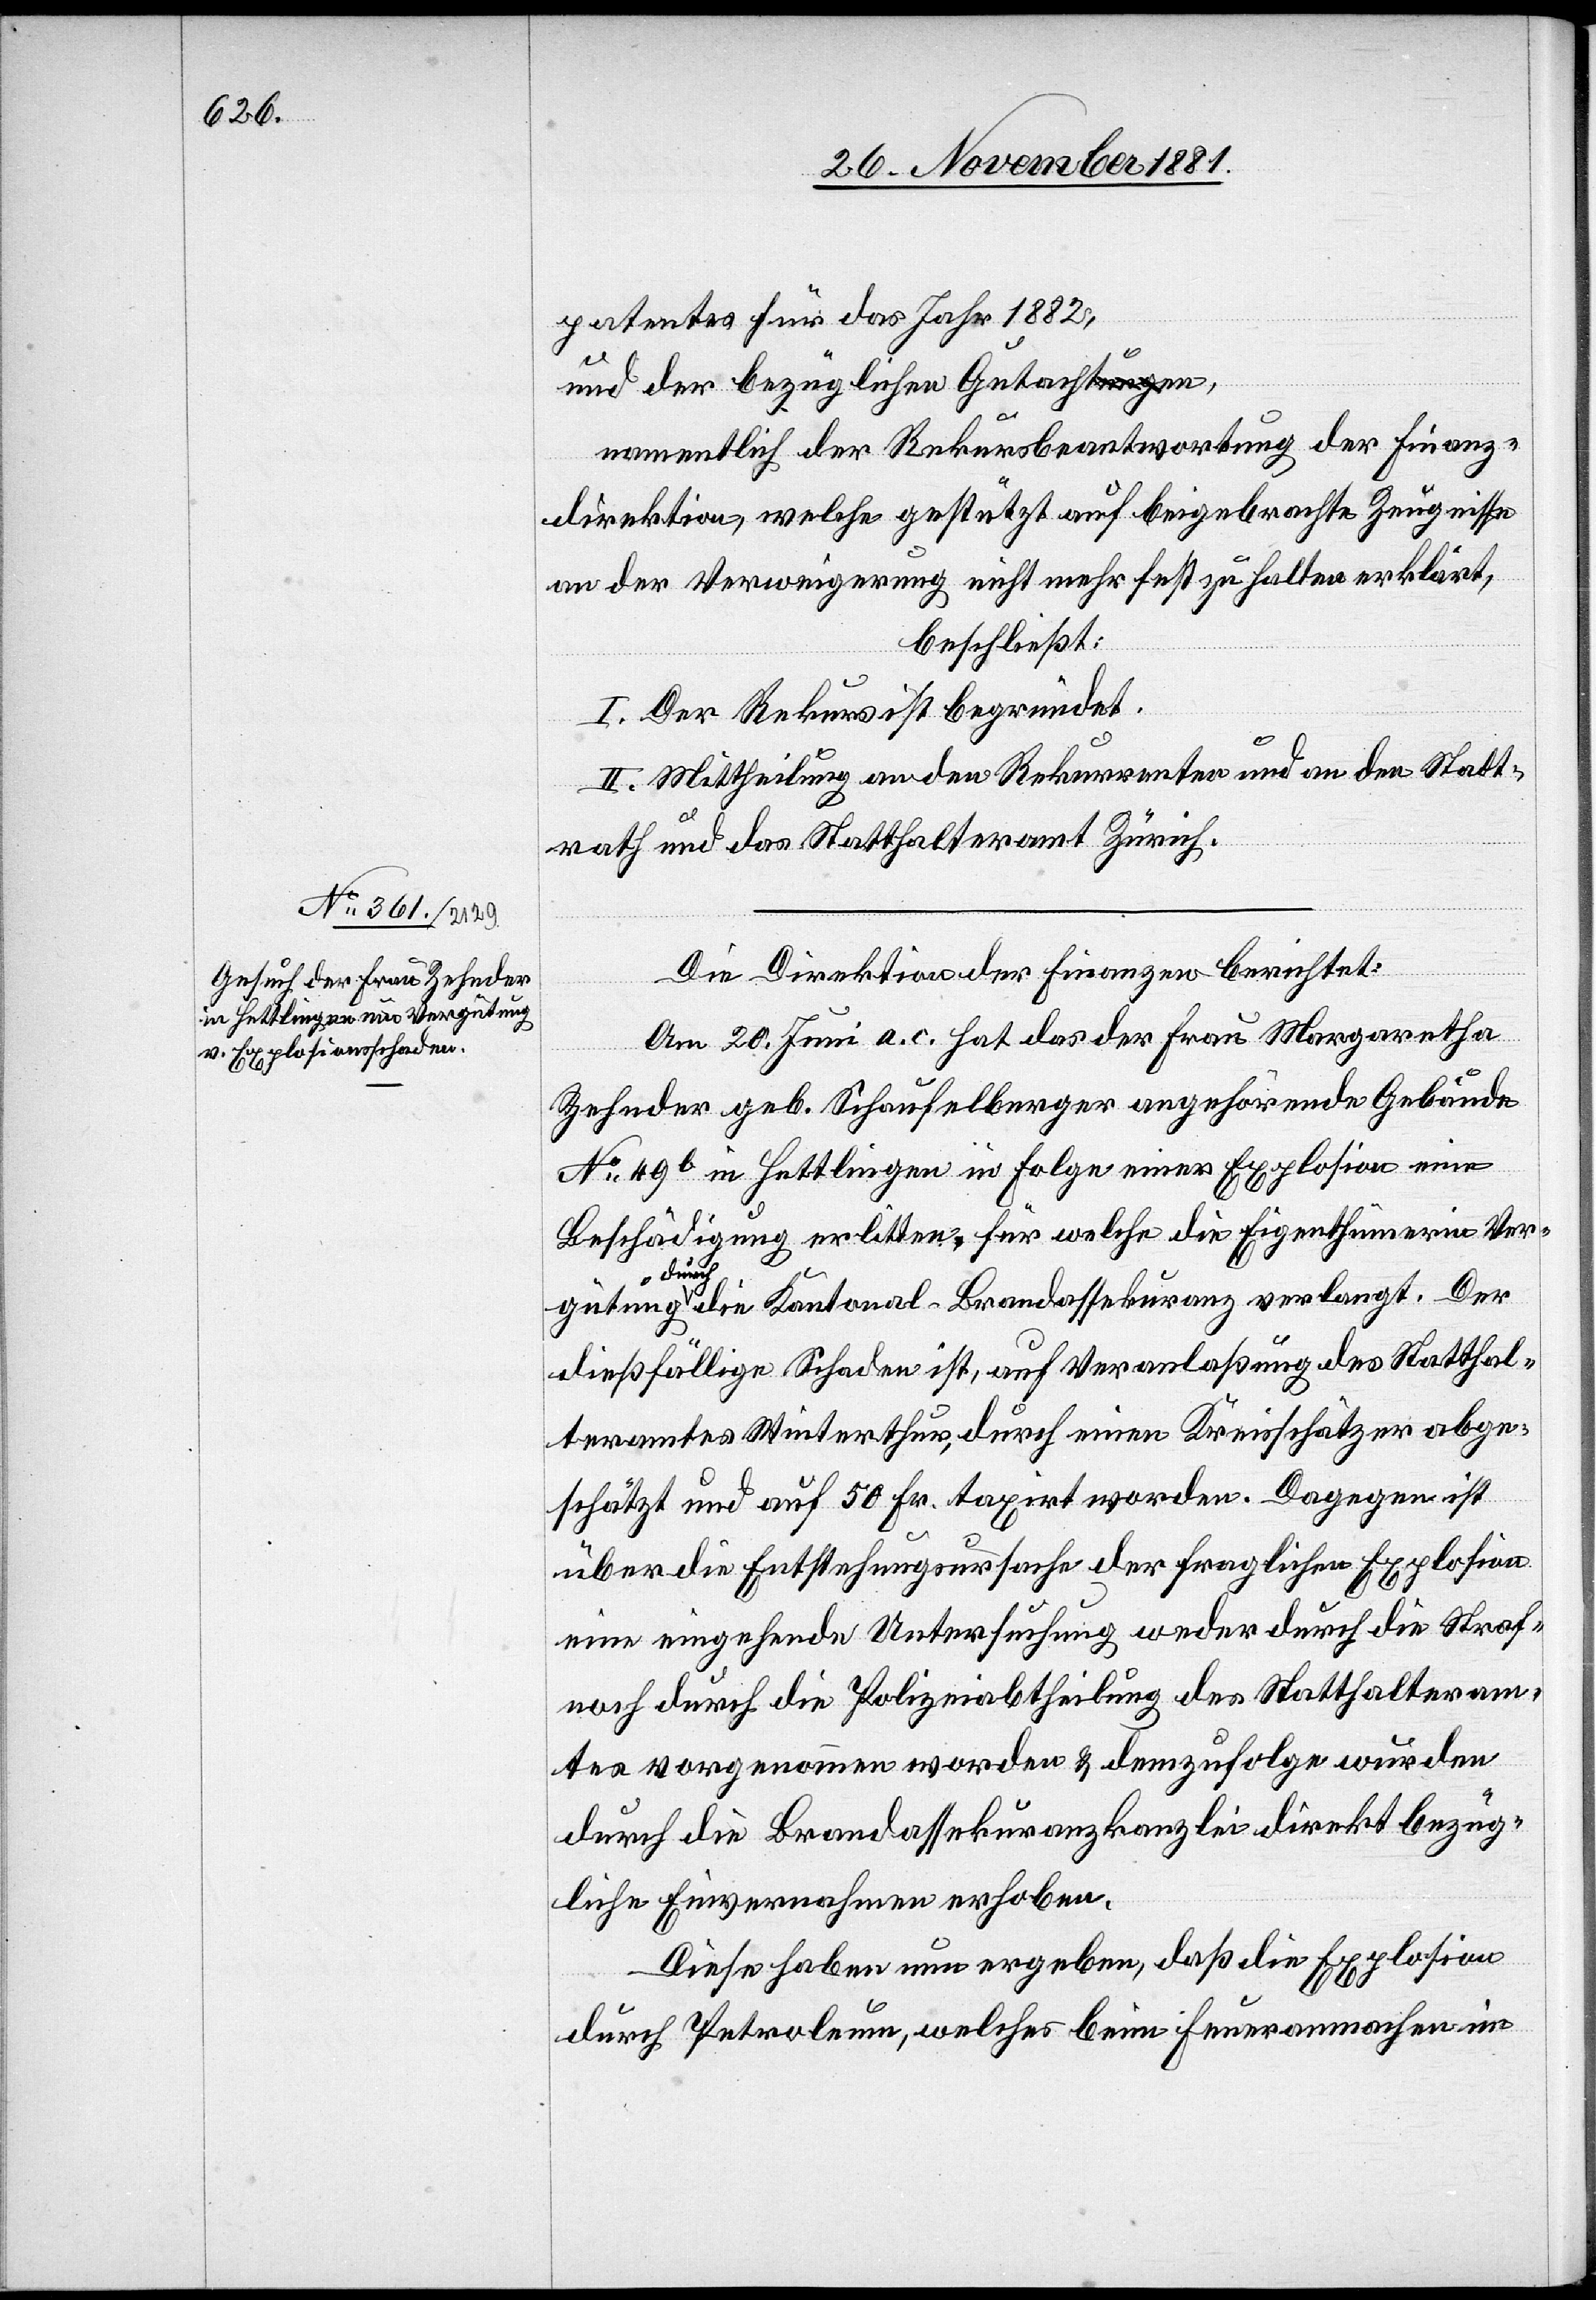
patentes für das Jahr 1882,
namentlich der Rekursbeantwortung der Finanz¬
direktion, welche gestützt auf beigebrachte Zeugnisse
an der Verweigerung nicht mehr fest zu halten erklärt,
beschließt:
I. Der Rekurs ist begründet.
II. Mittheilung an den Rekurrenten und an den Stadt¬
rath und das Statthalteramt Zürich.
Die Direktion der Finanzen berichtet:
Am 20. Juni a. c. hat das der Frau Margaretha
Zehnder geb. Schaufelberger angehörende Gebäude
No 42b in Hettlingen in Folge einer Explosion eine
Beschädigung erlitten, für welche die Eigenthümerin Ver¬
gütun¬
g durch die Kantonal-Brandassekuranz verlangt. Der
dießfällige Schaden ist, auf Veranlaßung des Statthal¬
teramtes Winterthur, durch einen Kreisschätzer abge¬
schätzt und auf 50 Fr. taxirt worden. Dagegen ist
über die Entstehungsursache der fraglichen Explosion
eine eingehende Untersuchung weder durch die Straf-
noch durch die Polizeiabtheilung des Statthalteram¬
tes vorgenommen worden & demzufolge wurden
durch die Brandassekuranzkanzlei direkt bezüg¬
liche Einvernahmen erhoben.
Diese haben nun ergeben, daß die Explosion
durch Petroleum, welches beim Feueranmachen im